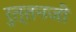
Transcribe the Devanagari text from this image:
रुत्तनजी